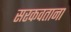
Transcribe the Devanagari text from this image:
सरकवताना